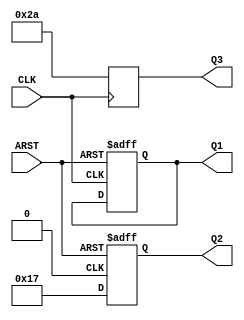
module test(input CLK, ARST,
            output [7:0] Q1, Q2, Q3);

wire NO_CLK = 0;

always @(posedge CLK, posedge ARST)
	if (ARST)
		Q1 <= 42;

always @(posedge NO_CLK, posedge ARST)
	if (ARST)
		Q2 <= 42;
	else
		Q2 <= 23;

always @(posedge CLK)
	Q3 <= 42;

endmodule